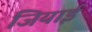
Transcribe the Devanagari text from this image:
जियाई